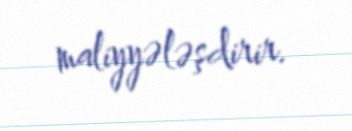
maliyyələşdirir.